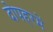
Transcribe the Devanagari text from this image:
दोपहरमें